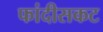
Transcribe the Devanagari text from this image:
फांदीसकट